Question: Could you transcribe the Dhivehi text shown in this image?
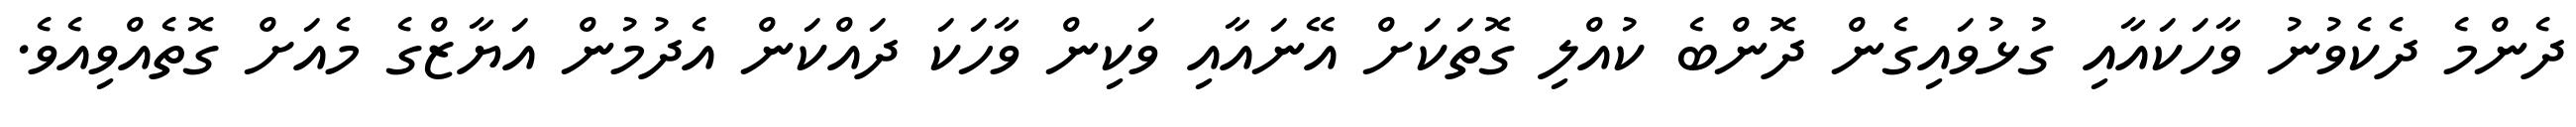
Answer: ދެންމެ ދެކެވުނު ވާހަކައާއި ގުޅުވައިގެން ދޮންބެ ކުއްލި ގޮތަކަށް އޭނައާއި ވަކިން ވާހަކަ ދައްކަން އެދުމުން އަޔާޒްގެ މެއަށް ގޮތެއްވިއެވެ.